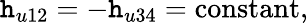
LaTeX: \mathtt{h}_{u12}=-\mathtt{h}_{u34}=\mathrm{{constant}},